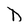
Character: D